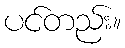
ပင်တည်း။